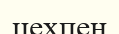
цехпен